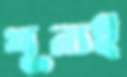
শূন্যই